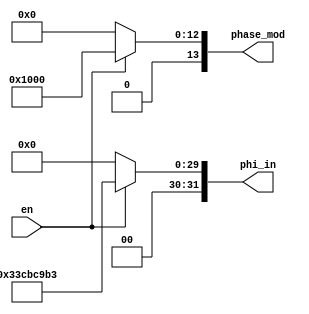
module phi_phase_mod(en,phi_in,phase_mod);
input en;
output [31:0] phi_in;
output [13:0] phase_mod;
reg [31:0]phi_buff;
reg[13:0]phase_mod_buff;
assign phi_in=phi_buff;
assign phase_mod=phase_mod_buff;
always
if(en==1)
	begin
		phi_buff<=868993459;
		phase_mod_buff<=4096;
	end
else
	begin
		phi_buff<=0;
		phase_mod_buff<=0;
	end
endmodule